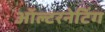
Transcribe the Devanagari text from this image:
ऑल्टरनेटिंग